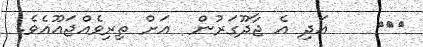
١٢٠    އަދި އެ ޖާދޫގަރުން  އަށް ތިރިވެއްޖައޫއެވެ.